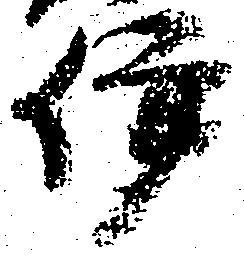
伊